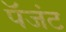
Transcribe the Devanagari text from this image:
पॅजंट